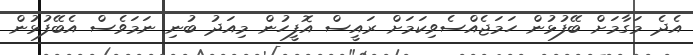
އެދެ މަގާމަށް ބޭފުޅުން ހަމަޖެއްސެވިކަމަށް ރައީސް އޮފީހުން މިއަދު ބުނި ނަމަވެސް އެބޭފުޅުން